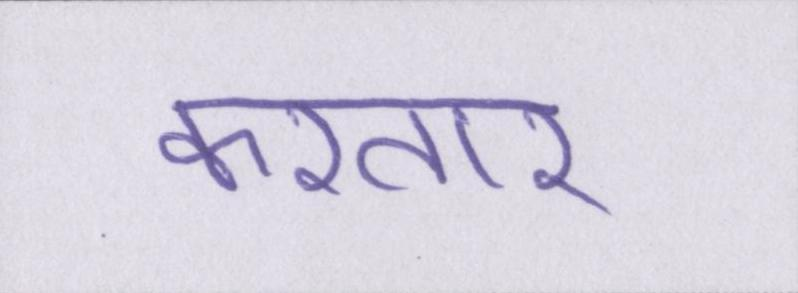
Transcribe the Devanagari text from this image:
करतार